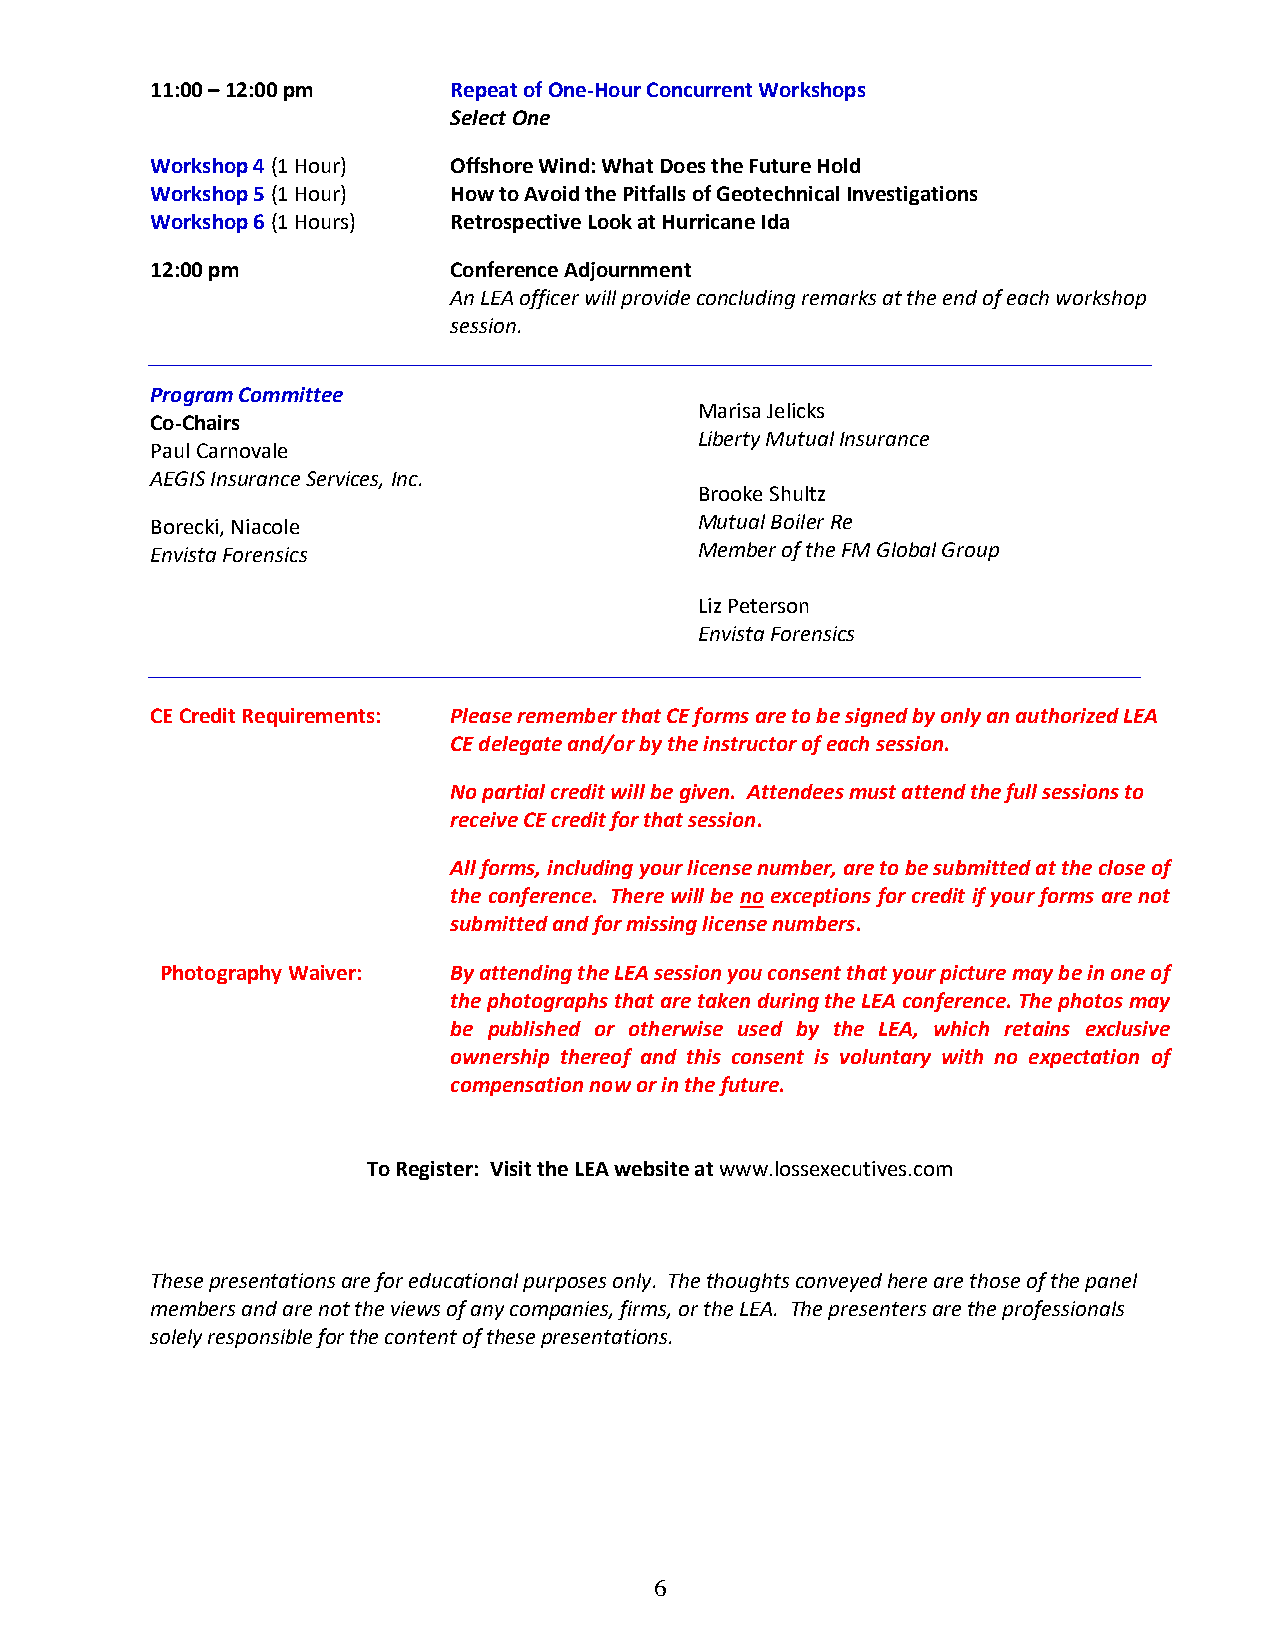
11:00 – 12:00 pm    Repeat of One-Hour Concurrent Workshops
 Select One
 Workshop 4 (1 Hour) Offshore Wind: What Does the Future Hold
 Workshop 5 (1 Hour) How to Avoid the Pitfalls of Geotechnical Investigations
 Workshop 6 (1 Hours) Retrospective Look at Hurricane Ida
 12:00 pm            Conference Adjournment
 An LEA officer will provide concluding remarks at the end of each workshop
 session.
 ________________________________________________________________________________________
 Program Committee
 Marisa Jelicks
 Co-Chairs
 Liberty Mutual Insurance
 Paul Carnovale
 AEGIS Insurance Services, Inc.
 Brooke Shultz
 Borecki, Niacole                    Mutual Boiler Re
 Envista Forensics                   Member of the FM Global Group
 Liz Peterson
 Envista Forensics
 _______________________________________________________________________________________
 CE Credit Requirements: Please remember that CE forms are to be signed by only an authorized LEA
 CE delegate and/or by the instructor of each session.
 No partial credit will be given. Attendees must attend the full sessions to
 receive CE credit for that session.
 All forms, including your license number, are to be submitted at the close of
 the conference. There will be no exceptions for credit if your forms are not
 submitted and for missing license numbers.
 Photography Waiver: By attending the LEA session you consent that your picture may be in one of
 the photographs that are taken during the LEA conference. The photos may
 be published or otherwise used by the LEA, which retains exclusive
 ownership thereof and this consent is voluntary with no expectation of
 compensation now or in the future.
 To Register: Visit the LEA website at www.lossexecutives.com
 These presentations are for educational purposes only. The thoughts conveyed here are those of the panel
 members and are not the views of any companies, firms, or the LEA. The presenters are the professionals
 solely responsible for the content of these presentations.
 6